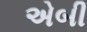
એબી